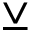
\veebar